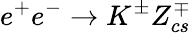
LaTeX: e^{+}e^{-}\to K^{\pm}Z_{cs}^{\mp}